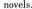
novels.